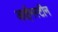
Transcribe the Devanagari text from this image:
आईनस्टीन